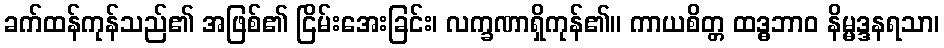
ခက်ထန်ကုန်သည်၏ အဖြစ်၏ ငြိမ်းအေးခြင်း၊ လက္ခဏာရှိကုန်၏။ ကာယစိတ္တ ထဒ္ဓဘာဝ နိမ္မဒ္ဒနရသာ၊